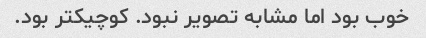
خوب بود اما مشابه تصویر نبود. کوچیکتر بود.